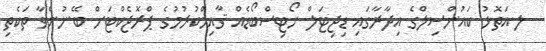
ލ.އަތޮޅު ކައުންސިލްގެ އިދާރާގައި ޑިޖިޓަލް ނޯޓިސްބޯޑެއް ޤާއިމްކުރުމުގެ ޕްރޮޖެކްޓަށް ބޭނުންވާ ތަކެތި